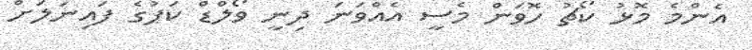
އެންމެ މޮޅު ކޯޗު ހޮވަން މެސީ އެއްވަނަ ދިނީ ވޯލްޑް ކަޕުގެ ފައިނަލަށް